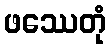
ဖဿေတုံ